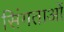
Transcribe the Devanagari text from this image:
सिंगताओं